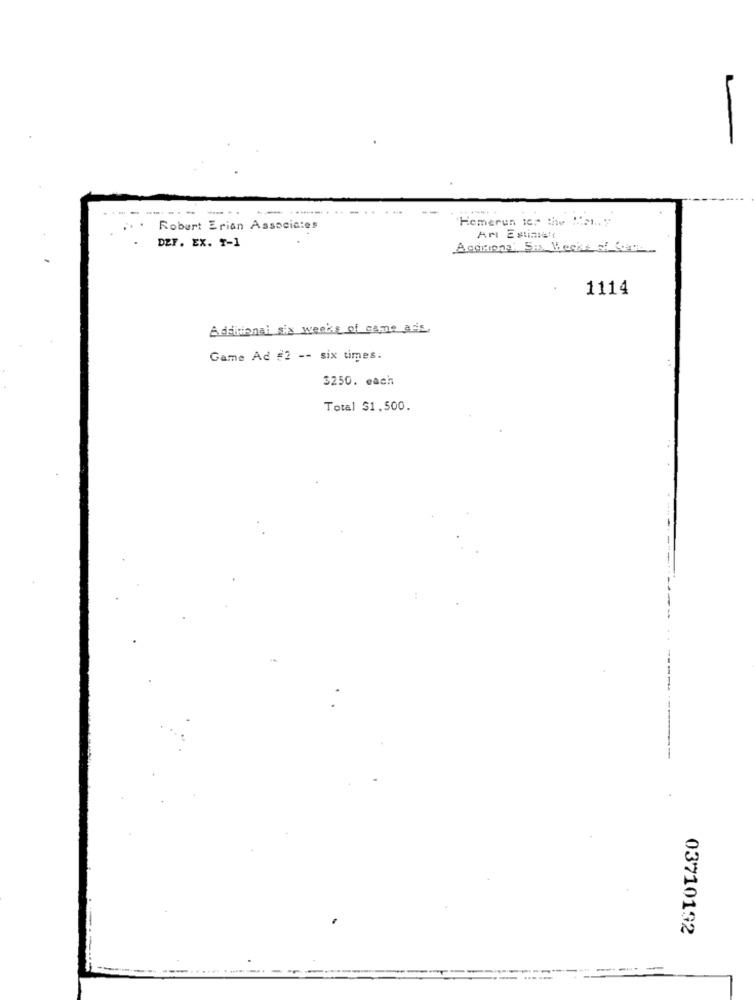
-------- ---
--
"Hemerun ie. the Man.y
. .
Robert Erian Associates
DEF. EX. T-1
ArI Estiment
Aquitional Six Weeks of Car
1114
Additional six weeks of came ads,
Game Ad #2 -- six times.
$250. each
Total $1.500.
-----------
03710192
------